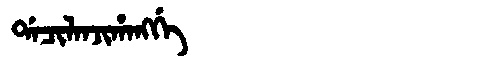
Manchu: ᡩᠠᠴᡳᠯᠠᠨᠵᡳᡥᠠᠩᡤᡝ
Romanization: DACILANJIHANGGE